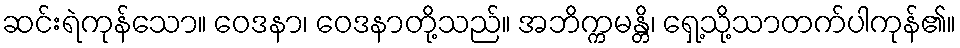
ဆင်းရဲကုန်သော။ ဝေဒနာ၊ ဝေဒနာတို့သည်။ အဘိက္ကမန္တိ၊ ရှေ့သို့သာတက်ပါကုန်၏။